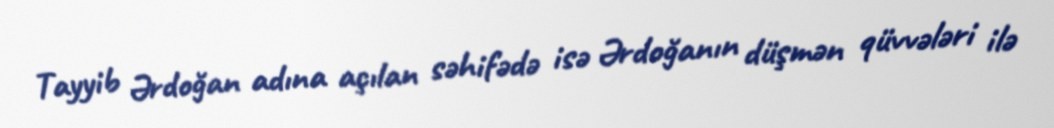
Tayyib Ərdoğan adına açılan səhifədə isə Ərdoğanın düşmən qüvvələri ilə